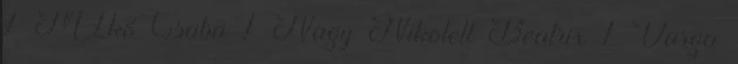
1 MIkó Csaba 1 Nagy Nikolett Beatrix 1 Varga